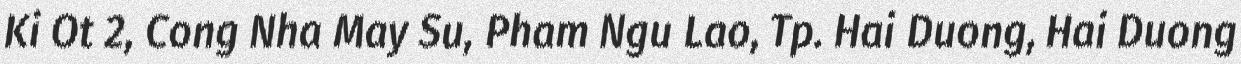
Ki Ot 2, Cong Nha May Su, Pham Ngu Lao, Tp. Hai Duong, Hai Duong